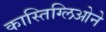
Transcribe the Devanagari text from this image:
कास्तिग्लिओने